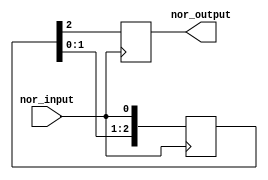
module nor_gate_delay(
    input wire nor_input,
    output reg nor_output
);

reg [2:0] delay;

always @(posedge nor_input)
begin
    delay <= #1 {delay[1:0], nor_input};
    nor_output <= delay[2];
end

endmodule